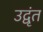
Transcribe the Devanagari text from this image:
उद्वृंत